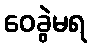
ဝေခွဲမရ